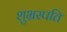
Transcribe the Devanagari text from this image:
शुभ्रस्पति